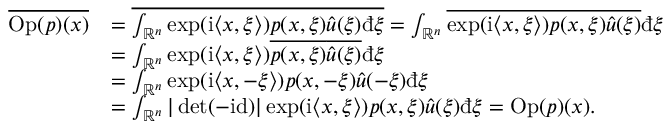
\begin{array} { r l } { \overline { { \mathrm { O p } ( p ) ( x ) } } } & { = \overline { { \int _ { \mathord { \mathbb { R } } ^ { n } } \exp ( \mathord { \mathrm { i } } \langle x , \xi \rangle ) p ( x , \xi ) \hat { u } ( \xi ) \mathrm { \dj } \xi } } = \int _ { \mathord { \mathbb { R } } ^ { n } } \overline { { \exp ( \mathord { \mathrm { i } } \langle x , \xi \rangle ) p ( x , \xi ) \hat { u } ( \xi ) } } \mathrm { \dj } \xi } \\ & { = \int _ { \mathord { \mathbb { R } } ^ { n } } \exp ( \mathord { \mathrm { i } } \langle x , \xi \rangle ) \overline { { p ( x , \xi ) } } \overline { { \hat { u } ( \xi ) } } \mathrm { \dj } \xi } \\ & { = \int _ { \mathord { \mathbb { R } } ^ { n } } \exp ( \mathord { \mathrm { i } } \langle x , - \xi \rangle ) p ( x , - \xi ) \hat { u } ( - \xi ) \mathrm { \dj } \xi } \\ & { = \int _ { \mathord { \mathbb { R } } ^ { n } } | \operatorname* { d e t } ( - \mathrm { i d } ) | \exp ( \mathord { \mathrm { i } } \langle x , \xi \rangle ) p ( x , \xi ) \hat { u } ( \xi ) \mathrm { \dj } \xi = \mathrm { O p } ( p ) ( x ) . } \end{array}